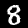
Label: 8